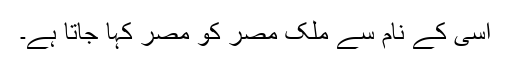
اسی کے نام سے ملکِ مصر کو مصر کہا جاتا ہے۔